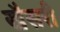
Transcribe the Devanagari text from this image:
खैसरी